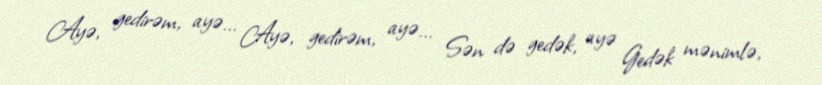
Ayə, gedirəm, ayə... Ayə, gedirəm, ayə... Sən də gedək, ayə Gedək mənimlə,